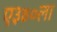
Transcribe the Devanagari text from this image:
ए३४०ला